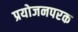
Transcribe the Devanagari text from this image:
प्रयोजनपरक